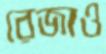
রেজাও